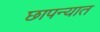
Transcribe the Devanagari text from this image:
छापन्यात